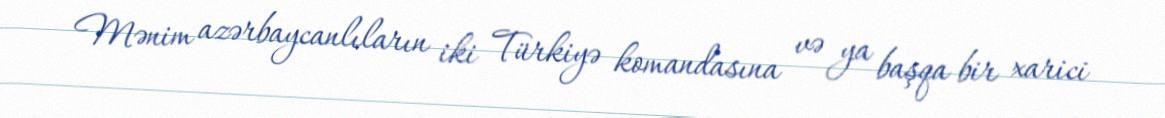
Mənim azərbaycanlıların iki Türkiyə komandasına və ya başqa bir xarici